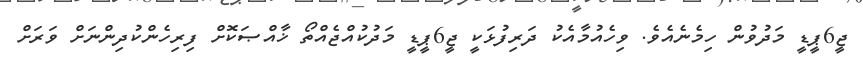
ޖީ6ޕީޑީ މަދުވުން ހިމެނެއެވެ. ވިހެއުމާއެކު ދަރިފުޅަކީ ޖީ6ޕީޑީ މަދުކުއްޖެއްތޯ ޚާއްޞަކޮށް ފިރިހެންކުދިންނަށް ވަރަށް